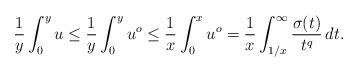
LaTeX: \begin{align*}\frac 1y\int_0^y u\le\frac 1y\int_0^y u^o\le\frac1x\int_0^x u^o=\frac1x\int_{1/x}^{\infty} \dfrac{\sigma (t)}{t^q} \, dt.\end{align*}